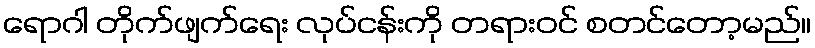
ရောဂါ တိုက်ဖျက်ရေး လုပ်ငန်းကို တရားဝင် စတင်တော့မည်။